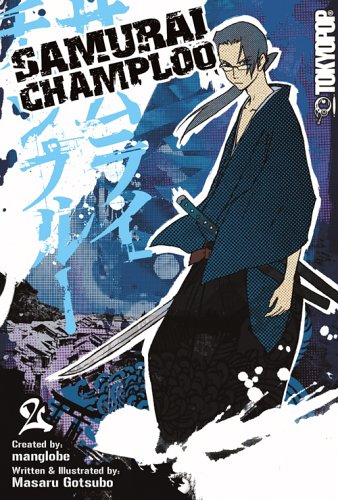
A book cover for Samurai Champloo Volume 2 (v. 2); Manglobe; Teen & Young Adult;